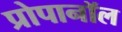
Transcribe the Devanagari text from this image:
प्रोपानॉल